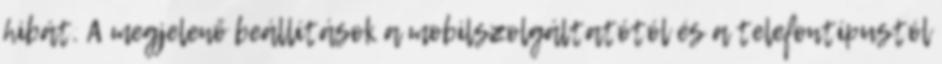
hibát. A megjelenő beállítások a mobilszolgáltatótól és a telefontípustól